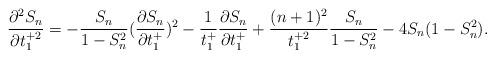
LaTeX: \begin{align*}\frac{\partial^{2} S_{n}}{\partial t_{1}^{+2}}=-\frac{S_{n}}{1-S_{n}^{2}}(\frac{\partial S_{n}}{\partial t_{1}^{+}})^{2}-\frac{1}{t_{1}^{+}}\frac{\partial S_{n}}{\partial t_{1}^{+}}+\frac{(n+1)^{2}}{t_{1}^{+2}}\frac{S_{n}}{1-S_{n}^{2}}-4S_{n}(1-S_{n}^{2}).\end{align*}